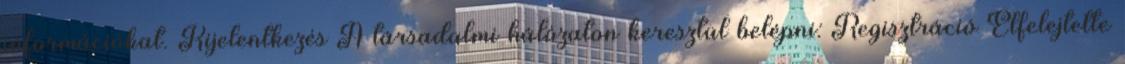
információkat. Kijelentkezés A társadalmi hálózaton keresztül belépni: Regisztráció Elfelejtette